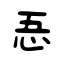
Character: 忢